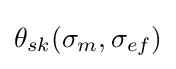
{{\theta }_{sk}}({{\sigma }_{m}},{{\sigma }_{ef}})